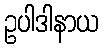
ဥပါဒါနာယ